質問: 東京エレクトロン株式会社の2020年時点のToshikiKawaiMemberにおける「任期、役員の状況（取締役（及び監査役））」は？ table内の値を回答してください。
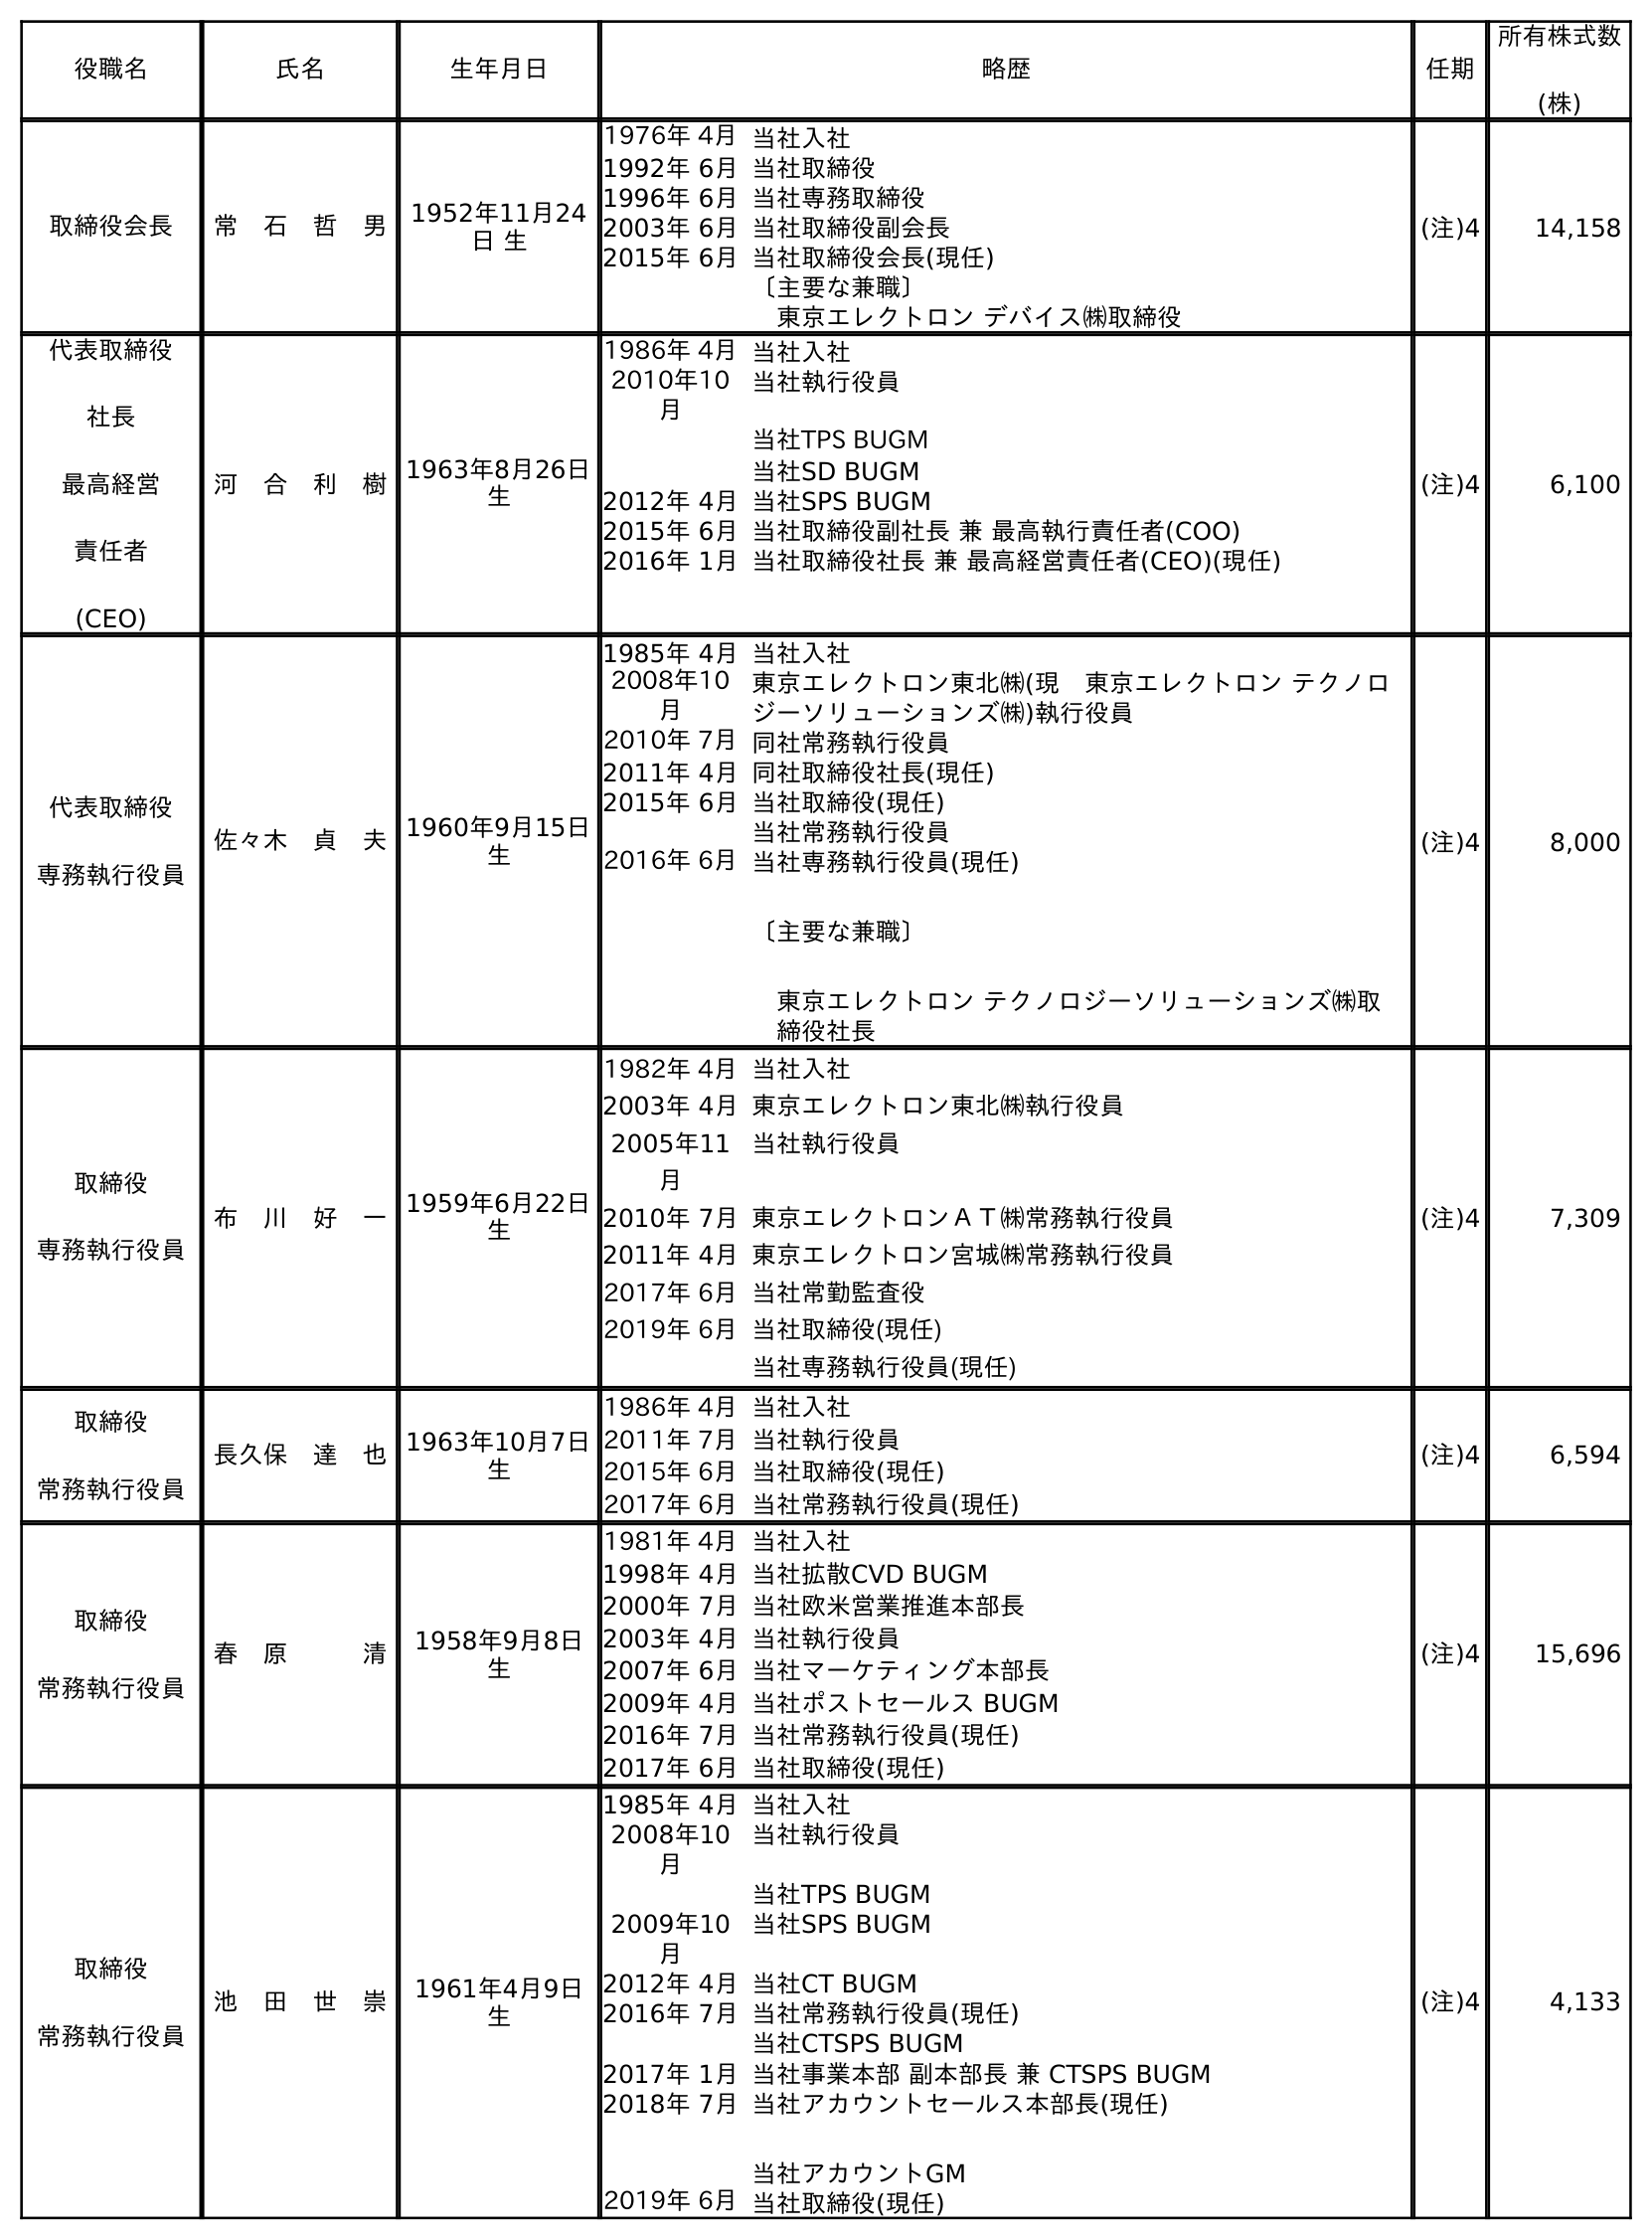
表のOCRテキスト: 役職名 氏名 生年月日 略歴 任期 所有株式数 (株) 取締役会長 常 石 哲 男 1952年11月24 日 生 1976年 4月当社入社 1992年 6月当社取締役 1996年 6月当社専務取締役 2003年 6月当社取締役副会長 2015年 6月当社取締役会長(現任) 〔主要な兼職〕 東京エレクトロン デバイス㈱取締役 (注)4 14,158 代表取締役 社長 最高経営 責任者 (CEO) 河 合 利 樹1963年8月26日 生 1986年 4月当社入社 2010年10 月 当社執行役員 当社TPS BUGM 当社SD BUGM 2012年 4月当社SPS BUGM 2015年 6月当社取締役副社長 兼 最高執行責任者(COO) 2016年 1月当社取締役社長 兼 最高経営責任者(CEO)(現任) (注)4 6,100 代表取締役 専務執行役員 佐々木 貞 夫1960年9月15日 生 1985年 4月当社入社 2008年10 月 東京エレクトロン東北㈱(現 東京エレクトロン テクノロ ジーソリューションズ㈱)執行役員 2010年 7月同社常務執行役員 2011年 4月同社取締役社長(現任) 2015年 6月当社取締役(現任) 当社常務執行役員 2016年 6月当社専務執行役員(現任) 〔主要な兼職〕 東京エレクトロン テクノロジーソリューションズ㈱取 締役社長 (注)4 8,000 取締役 専務執行役員 布 川 好 一1959年6月22日 生 1982年 4月当社入社 2003年 4月東京エレクトロン東北㈱執行役員 2005年11 月 当社執行役員 2010年 7月東京エレクトロンＡＴ㈱常務執行役員 2011年 4月東京エレクトロン宮城㈱常務執行役員 2017年 6月当社常勤監査役 2019年 6月当社取締役(現任) 当社専務執行役員(現任) (注)4 7,309 取締役 常務執行役員 長久保 達 也1963年10月7日 生 1986年 4月当社入社 2011年 7月当社執行役員 2015年 6月当社取締役(現任) 2017年 6月当社常務執行役員(現任) (注)4 6,594 取締役 常務執行役員 春 原   清 1958年9月8日 生 1981年 4月当社入社 1998年 4月当社拡散CVD BUGM 2000年 7月当社欧米営業推進本部長 2003年 4月当社執行役員 2007年 6月当社マーケティング本部長 2009年 4月当社ポストセールス BUGM 2016年 7月当社常務執行役員(現任) 2017年 6月当社取締役(現任) (注)4 15,696 取締役 常務執行役員 池 田 世 崇 1961年4月9日 生 1985年 4月当社入社 2008年10 月 当社執行役員 当社TPS BUGM 2009年10 月 当社SPS BUGM 2012年 4月当社CT BUGM 2016年 7月当社常務執行役員(現任) 当社CTSPS BUGM 2017年 1月当社事業本部 副本部長 兼 CTSPS BUGM 2018年 7月当社アカウントセールス本部長(現任) 当社アカウントGM 2019年 6月当社取締役(現任) (注)4 4,133
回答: (注)4